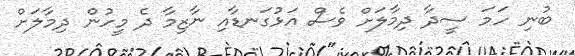
ބުނި ހަމަ ސީދާ ދިމާލަށް ވެސް އަަޅުގަނޑާއި ނާޒިމާ ދެ މީހުން ދިމާލަށް